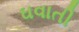
ઘવાતી